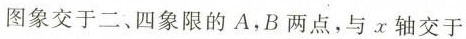
图象交于二、四象限的A，B两点，与x轴交于